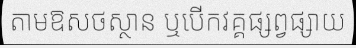
តាមឱសថស្ថាន ឬបើកវគ្គផ្សព្វផ្សាយ